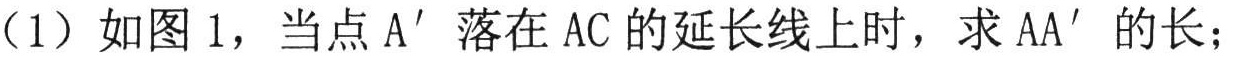
（1）如图1，当点\(A'\)落在\(AC\)的延长线上时，求\(AA'\)的长；